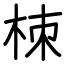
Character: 栜